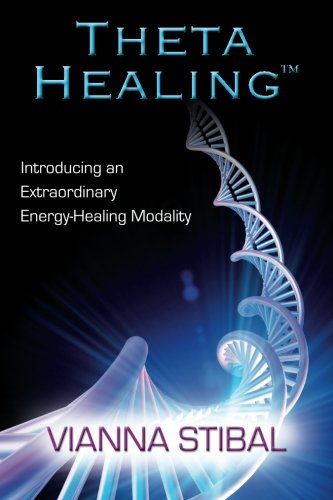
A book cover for Theta Healing: Introducing an Extraordinary Energy Healing Modality; Vianna Stibal; Health, Fitness & Dieting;